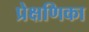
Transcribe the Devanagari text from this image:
प्रेक्षणिका